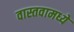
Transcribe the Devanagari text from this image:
वास्तवामध्ये